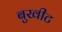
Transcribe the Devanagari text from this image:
बुखीट